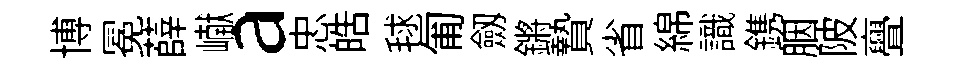
博冕薛𪩘a忠皓毬匍劔鏘贄省綿識鎸胭陂亹